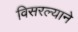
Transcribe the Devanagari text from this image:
विसरल्याने